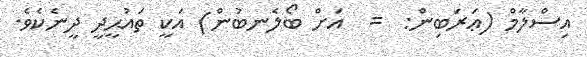
އިސްލާމް (ޢަރަބިން:  =  އަށް ބޯލެނބުން) އަކީ ތައުޙީދީ ދީނެކެވެ.